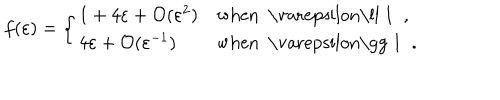
LaTeX: f ( \varepsilon ) = \left\{ \begin{array} { l l } { { 1 + 4 \varepsilon + \mathcal { O } ( \varepsilon ^ { 2 } ) } } & { { \mathrm { w h e n ~ \ v a r e p s i l o n \ll ~ 1 ~ } \; , } } \\ { { 4 \varepsilon + \mathcal { O } ( \varepsilon ^ { - 1 } ) } } & { { \mathrm { w h e n ~ \ v a r e p s i l o n \gg ~ 1 ~ } \; . } } \\ \end{array} \right.